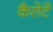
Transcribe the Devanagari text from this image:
कैसेटें